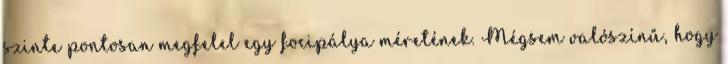
szinte pontosan megfelel egy focipálya méretének. Mégsem valószínű, hogy